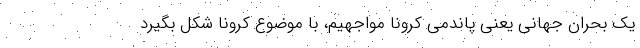
یک بحران جهانی یعنی پاندمی کرونا مواجهیم، با موضوع کرونا شکل بگیرد